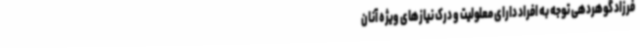
فرزاد گوهردهی توجه به افراد دارای معلولیت و درک نیازهای ویژه آنان